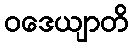
ဝဒေယျာတိ